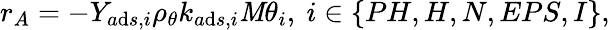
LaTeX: r_{A}=-Y_{a\mathrm{d}s,i}\rho_{\theta}k_{a\mathrm{d}s,i}\mathit{M}\theta_{i},\ i\in\{ PH,H,N,EPS,I\} ,